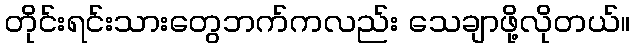
တိုင်းရင်းသားတွေဘက်ကလည်း သေချာဖို့လိုတယ်။